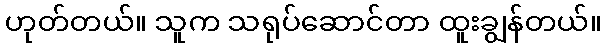
ဟုတ်တယ်။ သူက သရုပ်ဆောင်တာ ထူးချွန်တယ်။